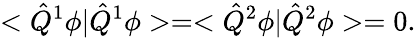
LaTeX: <\hat{Q}^{1}\phi|\hat{Q}^{1}\phi>=<\hat{Q}^{2}\phi|\hat{Q}^{2}\phi>=0.